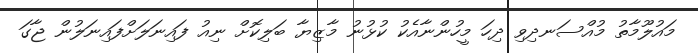
މައުލޫމާތު މުއްސަނދިވި ދިހަ މީހުންނާއެކު ކުޅުނު މާޒިޔާ ބަލިކޮށް ނިއު ފައިނަލަށްފައިނަލުން ޖާގަ